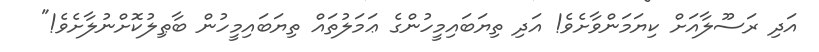
އަދި ރަސޫލާއަށް ކިޔަމަންވާށެވެ! އަދި ތިޔަބައިމީހުންގެ ޢަމަލުތައް ތިޔަބައިމީހުން ބާޠިލުކޮށްނުލާށެވެ!"